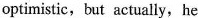
optimistic,but actually, he